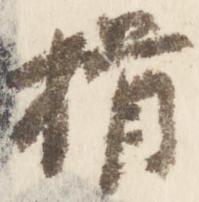
揖